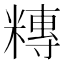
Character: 䊜